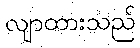
လျာထားသည်